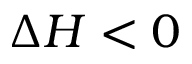
\Delta H < 0